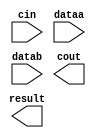
// megafunction wizard: %LPM_ADD_SUB%VBB%
// GENERATION: STANDARD
// VERSION: WM1.0
// MODULE: LPM_ADD_SUB 

// ============================================================
// Megafunction Name(s):
// 			LPM_ADD_SUB
//
// Simulation Library Files(s):
// 			lpm
// ============================================================
// ************************************************************
// THIS IS A WIZARD-GENERATED FILE. DO NOT EDIT THIS FILE!
//
// 17.1.0 Build 590 10/25/2017 SJ Lite Edition
// ************************************************************

//Copyright (C) 2017  Intel Corporation. All rights reserved.
//Your use of Intel Corporation's design tools, logic functions 
//and other software and tools, and its AMPP partner logic 
//functions, and any output files from any of the foregoing 
//(including device programming or simulation files), and any 
//associated documentation or information are expressly subject 
//to the terms and conditions of the Intel Program License 
//Subscription Agreement, the Intel Quartus Prime License Agreement,
//the Intel FPGA IP License Agreement, or other applicable license
//agreement, including, without limitation, that your use is for
//the sole purpose of programming logic devices manufactured by
//Intel and sold by Intel or its authorized distributors.  Please
//refer to the applicable agreement for further details.

module adder_lpm_add (
	cin,
	dataa,
	datab,
	cout,
	result);

	input	  cin;
	input	[31:0]  dataa;
	input	[31:0]  datab;
	output	  cout;
	output	[31:0]  result;

endmodule

// ============================================================
// CNX file retrieval info
// ============================================================
// Retrieval info: PRIVATE: CarryIn NUMERIC "1"
// Retrieval info: PRIVATE: CarryOut NUMERIC "1"
// Retrieval info: PRIVATE: ConstantA NUMERIC "0"
// Retrieval info: PRIVATE: ConstantB NUMERIC "0"
// Retrieval info: PRIVATE: Function NUMERIC "0"
// Retrieval info: PRIVATE: INTENDED_DEVICE_FAMILY STRING "Cyclone IV E"
// Retrieval info: PRIVATE: LPM_PIPELINE NUMERIC "1"
// Retrieval info: PRIVATE: Latency NUMERIC "0"
// Retrieval info: PRIVATE: Overflow NUMERIC "0"
// Retrieval info: PRIVATE: RadixA NUMERIC "10"
// Retrieval info: PRIVATE: RadixB NUMERIC "10"
// Retrieval info: PRIVATE: Representation NUMERIC "1"
// Retrieval info: PRIVATE: SYNTH_WRAPPER_GEN_POSTFIX STRING "0"
// Retrieval info: PRIVATE: ValidCtA NUMERIC "0"
// Retrieval info: PRIVATE: ValidCtB NUMERIC "0"
// Retrieval info: PRIVATE: WhichConstant NUMERIC "0"
// Retrieval info: PRIVATE: aclr NUMERIC "0"
// Retrieval info: PRIVATE: clken NUMERIC "0"
// Retrieval info: PRIVATE: nBit NUMERIC "32"
// Retrieval info: PRIVATE: new_diagram STRING "1"
// Retrieval info: LIBRARY: lpm lpm.lpm_components.all
// Retrieval info: CONSTANT: LPM_DIRECTION STRING "ADD"
// Retrieval info: CONSTANT: LPM_HINT STRING "ONE_INPUT_IS_CONSTANT=NO,CIN_USED=YES"
// Retrieval info: CONSTANT: LPM_REPRESENTATION STRING "UNSIGNED"
// Retrieval info: CONSTANT: LPM_TYPE STRING "LPM_ADD_SUB"
// Retrieval info: CONSTANT: LPM_WIDTH NUMERIC "32"
// Retrieval info: USED_PORT: cin 0 0 0 0 INPUT NODEFVAL "cin"
// Retrieval info: USED_PORT: cout 0 0 0 0 OUTPUT NODEFVAL "cout"
// Retrieval info: USED_PORT: dataa 0 0 32 0 INPUT NODEFVAL "dataa[31..0]"
// Retrieval info: USED_PORT: datab 0 0 32 0 INPUT NODEFVAL "datab[31..0]"
// Retrieval info: USED_PORT: result 0 0 32 0 OUTPUT NODEFVAL "result[31..0]"
// Retrieval info: CONNECT: @cin 0 0 0 0 cin 0 0 0 0
// Retrieval info: CONNECT: @dataa 0 0 32 0 dataa 0 0 32 0
// Retrieval info: CONNECT: @datab 0 0 32 0 datab 0 0 32 0
// Retrieval info: CONNECT: cout 0 0 0 0 @cout 0 0 0 0
// Retrieval info: CONNECT: result 0 0 32 0 @result 0 0 32 0
// Retrieval info: GEN_FILE: TYPE_NORMAL adder_lpm_add.v TRUE
// Retrieval info: GEN_FILE: TYPE_NORMAL adder_lpm_add.inc FALSE
// Retrieval info: GEN_FILE: TYPE_NORMAL adder_lpm_add.cmp FALSE
// Retrieval info: GEN_FILE: TYPE_NORMAL adder_lpm_add.bsf FALSE
// Retrieval info: GEN_FILE: TYPE_NORMAL adder_lpm_add_inst.v TRUE
// Retrieval info: GEN_FILE: TYPE_NORMAL adder_lpm_add_bb.v TRUE
// Retrieval info: LIB_FILE: lpm